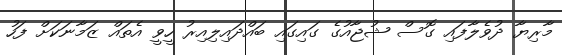
މާރިޔާ ދުވެލާފައި ގޮސް ޝުޖާއުގެ ގައިގައި ބައްދައިލިއިރު ހީވީ އެތައް ޒަމާނަކަށް ފަހު